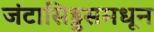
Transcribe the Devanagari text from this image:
जंटासिड्डसमधून